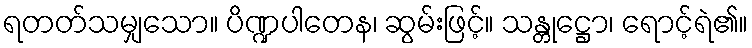
ရတတ်သမျှသော။ ပိဏ္ဍပါတေန၊ ဆွမ်းဖြင့်။ သန္တုဋ္ဌော၊ ရောင့်ရဲ၏။